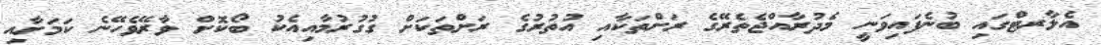
އެލާރޓްގައި ބުނެފައިވަނީ މެދުރާއްޖެތެރޭގެ ރަށްތަކާއި އުތުރުގެ ރަށްތަކަށް ގުގުރުމާއިއެކު ބޯކޮށް ވާރޭވެހޭނެ ކަމަށާއި